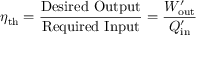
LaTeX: \eta _ { \mathrm { t h } } = { \frac { \mathrm { D e s i r e d ~ O u t p u t } } { \mathrm { R e q u i r e d ~ I n p u t } } } = { \frac { W _ { \mathrm { o u t } } ^ { \prime } } { Q _ { \mathrm { i n } } ^ { \prime } } }